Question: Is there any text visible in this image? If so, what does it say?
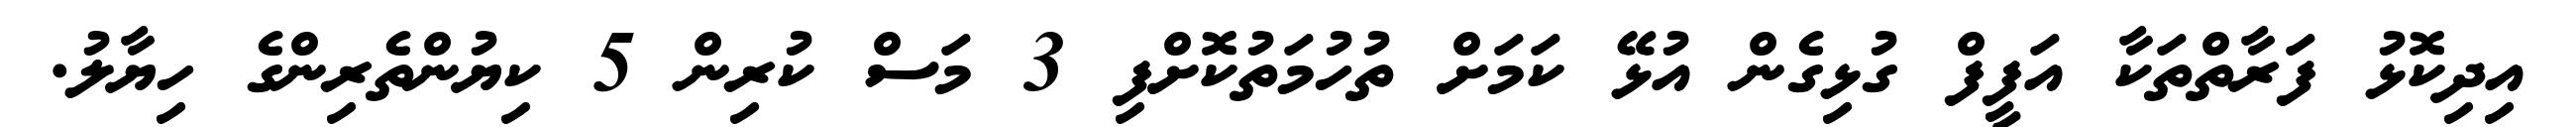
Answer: އިދިކޮޅު ފަރާތްތަކާ އަފީފް ގުޅިގެން އުޅޭ ކަމަށް ތުހުމަތުކޮށްފި 3 މަސް ކުރިން 5 ކިޔުންތެރިންގެ ހިޔާލު.